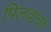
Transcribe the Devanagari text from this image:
पिलवांची